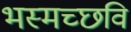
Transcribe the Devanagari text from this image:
भस्मच्छवि